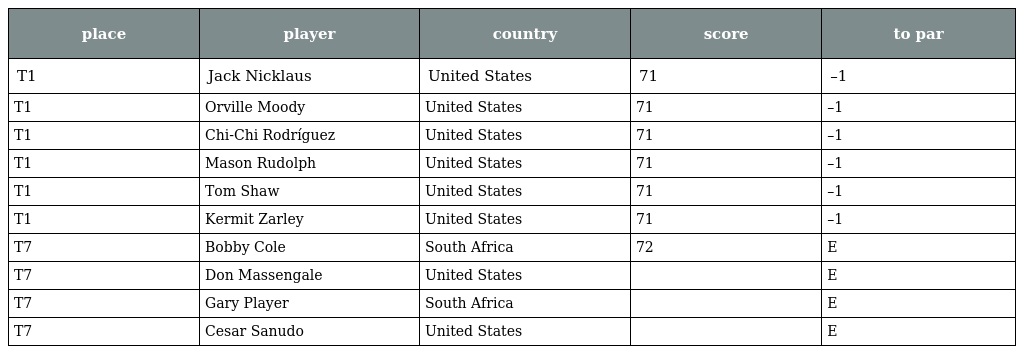
| place | player | country | score | to par |
 | --- | --- | --- | --- | --- |
 | T1 | Jack Nicklaus | United States | 71 | –1 |
 | T1 | Orville Moody | United States | 71 | –1 |
 | T1 | Chi-Chi Rodríguez | United States | 71 | –1 |
 | T1 | Mason Rudolph | United States | 71 | –1 |
 | T1 | Tom Shaw | United States | 71 | –1 |
 | T1 | Kermit Zarley | United States | 71 | –1 |
 | T7 | Bobby Cole | South Africa | 72 | E |
 | T7 | Don Massengale | United States |  | E |
 | T7 | Gary Player | South Africa |  | E |
 | T7 | Cesar Sanudo | United States |  | E |